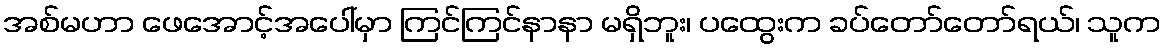
အစ်မဟာ ဖေအောင့်အပေါ်မှာ ကြင်ကြင်နာနာ မရှိဘူး၊ ပထွေးက ခပ်တော်တော်ရယ်၊ သူက